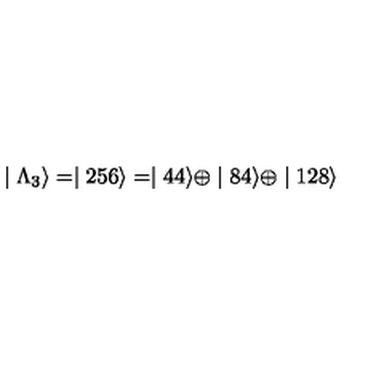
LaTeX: \mid \Lambda _ { 3 } \rangle = \mid 2 5 6 \rangle = \mid 4 4 \rangle \oplus \mid 8 4 \rangle \oplus \mid 1 2 8 \rangle